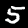
Digit: 5